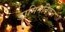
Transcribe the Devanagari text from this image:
डामिननिकन